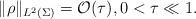
LaTeX: \begin{align*}\|\rho\|_{L^2(\Sigma)} =\mathcal{O}(\tau), 0<\tau\ll 1. \end{align*}